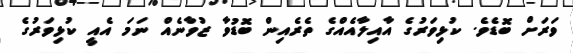
ވަރަށް ބޮޑެވެ. ކުޅިވަރުގެ އާއިލާއެއްގެ ތެރެއިން ބޮޑުވާ ޒުވާނެއް ނަމަ އެއީ ކުޅިވަރުގެ